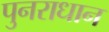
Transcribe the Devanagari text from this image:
पुनराधान